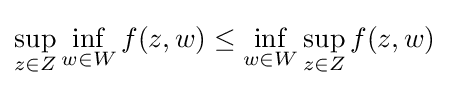
\sup _{z\in Z}\inf _{w\in W}f(z,w)\leq \inf _{w\in W}\sup _{z\in Z}f(z,w)\